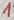
Text: 1